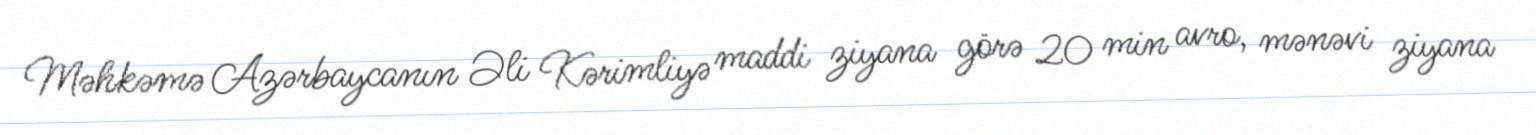
Məhkəmə Azərbaycanın Əli Kərimliyə maddi ziyana görə 20 min avro, mənəvi ziyana